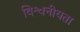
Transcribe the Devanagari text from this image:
विश्वनीयता